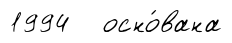
1994 осно́вана